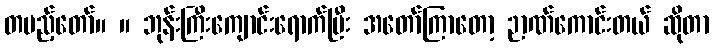
တပည့်တော်။ ။ ဘုန်းကြီးကျောင်းရောက်ပြီး အတော်ကြာတော့ ဉာဏ်ကောင်းတယ် ဆိုတာ